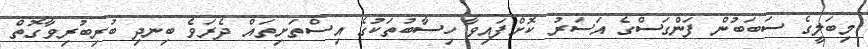
މިބަލީގެ ސަބަބުން ފަންގަސްގެ އަސަރު ކޮށްފައިވާ ހިސާބުތަކުގެ އިސްތަށިތައް ދެރަވެ ބިނދި ބުރިބުރިވާގޮތް